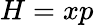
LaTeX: H=xp